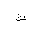
Letter: _tha